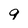
Character: 9